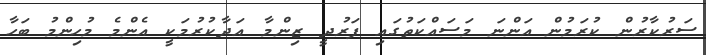
ސަރުކާރުން ކުރަމުން އަންނަ މަސައްކަތުގައި ފަރުދީ ޒިންމާ އަދާކުރުމަކީ އެންމެ މުހިންމު ބަހާ